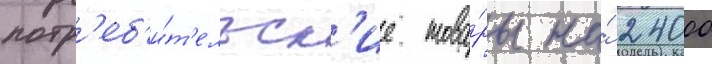
потр'еб'и́т'ельск'ие това́ры на́ 24000